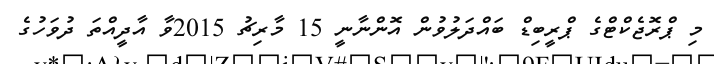
މި ޕްރޮޖެކްޓްގެ ޕްރީބިޑް ބައްދަލުވުން އޮންނާނީ 15 މާރިޗު 2015ވާ އާދީއްތަ ދުވަހުގެ